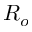
R _ { o }